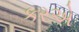
કરએ